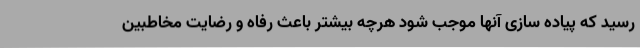
رسید که پیاده سازی آنها موجب شود هرچه بیشتر باعث رفاه و رضایت مخاطبین